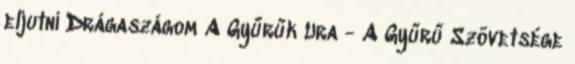
eljutni Drágaszágom A Gyűrűk Ura - A Gyűrű Szövetsége